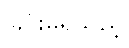
ခြင်းမရှိသည့်